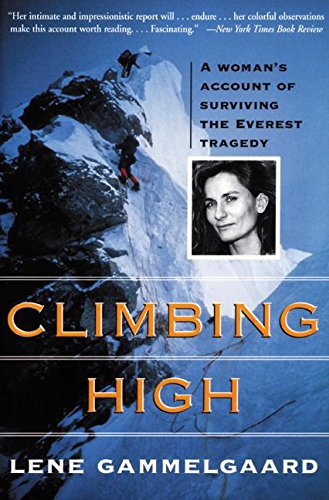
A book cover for Climbing High: A Woman's Account of Surviving the Everest Tragedy; Lene Gammelgaard; Travel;